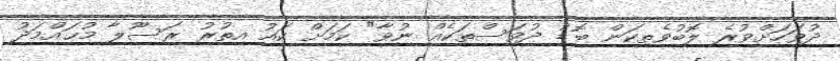
ދުވަހަށްވުރެ ލޮބުވެތިކަން ބޮޑު ދުވަސްތަކެއް ނުވާ" ކަމަށް ކައު އިތުރު ރަސޫލާ މުޙައްމަދު